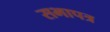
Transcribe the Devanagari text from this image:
सभापत्र